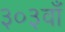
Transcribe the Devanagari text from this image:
३०३वाँ